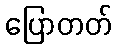
ပြောတတ်